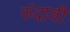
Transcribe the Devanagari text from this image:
रुंदावी